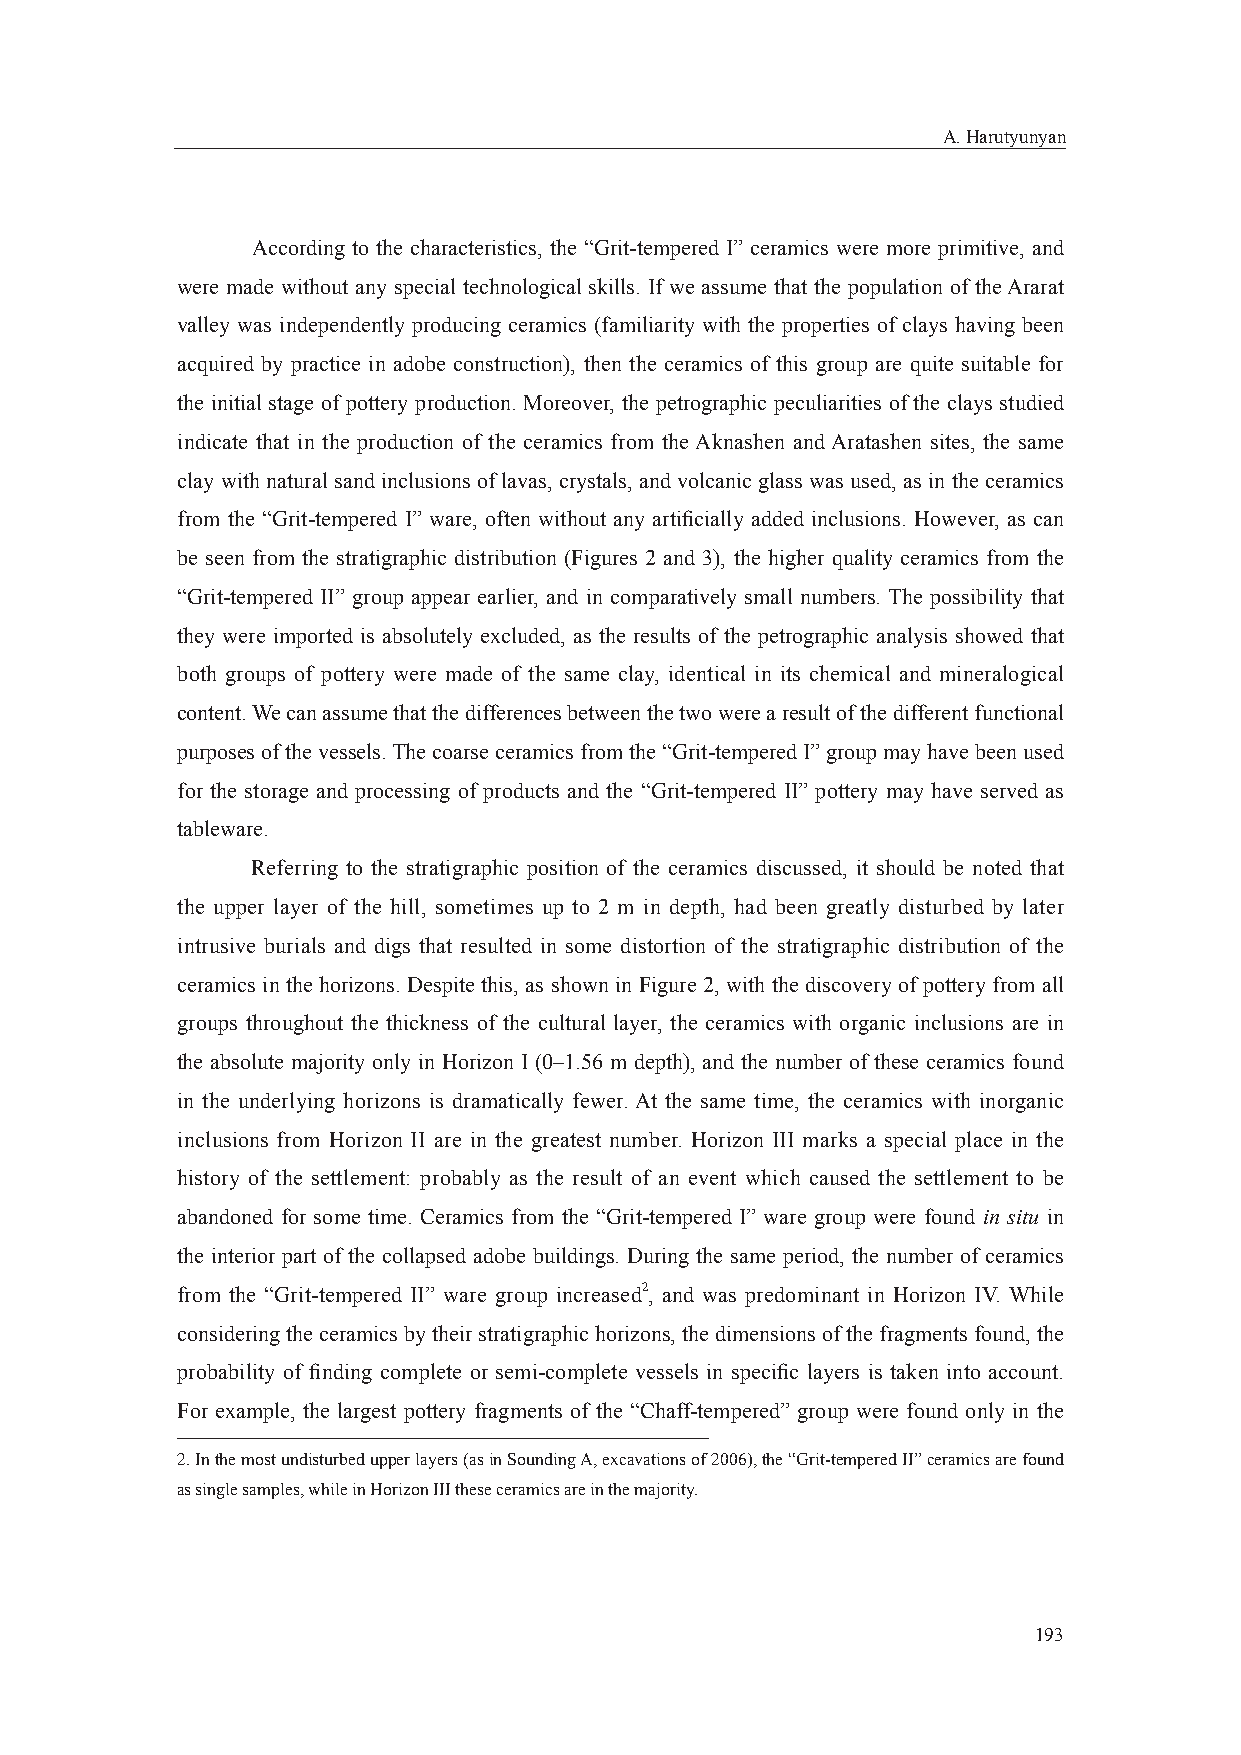
A. Harutyunyan
 According to the characteristics, the “Grit-tempered I” ceramics were more primitive, and
 were made without any special technological skills. If we assume that the population of the Ararat
 valley was independently producing ceramics (familiarity with the properties of clays having been
 acquired by practice in adobe construction), then the ceramics of this group are quite suitable for
 the initial stage of pottery production. Moreover, the petrographic peculiarities of the clays studied
 indicate that in the production of the ceramics from the Aknashen and Aratashen sites, the same
 clay with natural sand inclusions of lavas, crystals, and volcanic glass was used, as in the ceramics
 from the “Grit-tempered I” ware, often without any artifi cially added inclusions. However, as can
 be seen from the stratigraphic distribution (Figures 2 and 3), the higher quality ceramics from the
 “Grit-tempered II” group appear earlier, and in comparatively small numbers. The possibility that
 they were imported is absolutely excluded, as the results of the petrographic analysis showed that
 both groups of pottery were made of the same clay, identical in its chemical and mineralogical
 content. We can assume that the differences between the two were a result of the different functional
 purposes of the vessels. The coarse ceramics from the “Grit-tempered I” group may have been used
 for the storage and processing of products and the “Grit-tempered II” pottery may have served as
 tableware.
 Referring to the stratigraphic position of the ceramics discussed, it should be noted that
 the upper layer of the hill, sometimes up to 2 m in depth, had been greatly disturbed by later
 intrusive burials and digs that resulted in some distortion of the stratigraphic distribution of the
 ceramics in the horizons. Despite this, as shown in Figure 2, with the discovery of pottery from all
 groups throughout the thickness of the cultural layer, the ceramics with organic inclusions are in
 the absolute majority only in Horizon I (0–1.56 m depth), and the number of these ceramics found
 in the underlying horizons is dramatically fewer. At the same time, the ceramics with inorganic
 inclusions from Horizon II are in the greatest number. Horizon III marks a special place in the
 history of the settlement: probably as the result of an event which caused the settlement to be
 abandoned for some time. Ceramics from the “Grit-tempered I” ware group were found in situ in
 the interior part of the collapsed adobe buildings. During the same period, the number of ceramics
 from the “Grit-tempered II” ware group increased2, and was predominant in Horizon IV. While
 considering the ceramics by their stratigraphic horizons, the dimensions of the fragments found, the
 probability of fi nding complete or semi-complete vessels in specifi c layers is taken into account.
 For example, the largest pottery fragments of the “Chaff-tempered” group were found only in the
 2. In the most undisturbed upper layers (as in Sounding A, excavations of 2006), the “Grit-tempered II” ceramics are found
 as single samples, while in Horizon III these ceramics are in the majority.
 193